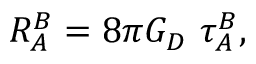
R _ { A } ^ { B } = 8 \pi G _ { D } ~ \tau _ { A } ^ { B } ,